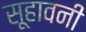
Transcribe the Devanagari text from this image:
सूहावनी